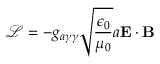
\mathcal { L } = - g _ { a \gamma \gamma } \sqrt { \frac { \epsilon _ { 0 } } { \mu _ { 0 } } } a \mathbf { E } \cdot \mathbf { B }